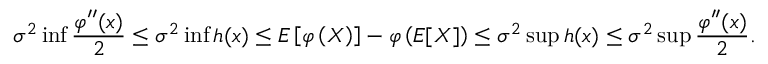
\sigma ^ { 2 } \operatorname* { i n f } { \frac { \varphi ^ { \prime \prime } ( x ) } { 2 } } \leq \sigma ^ { 2 } \operatorname* { i n f } h ( x ) \leq E \left[ \varphi \left( X \right) \right] - \varphi \left( E [ X ] \right) \leq \sigma ^ { 2 } \operatorname* { s u p } h ( x ) \leq \sigma ^ { 2 } \operatorname* { s u p } { \frac { \varphi ^ { \prime \prime } ( x ) } { 2 } } .